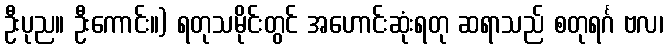
ဦးပုည။ ဦးကောင်း။) ရတုသမိုင်းတွင် အဟောင်းဆုံးရတု ဆရာသည် စတုရင်္ဂ ဗလ၊